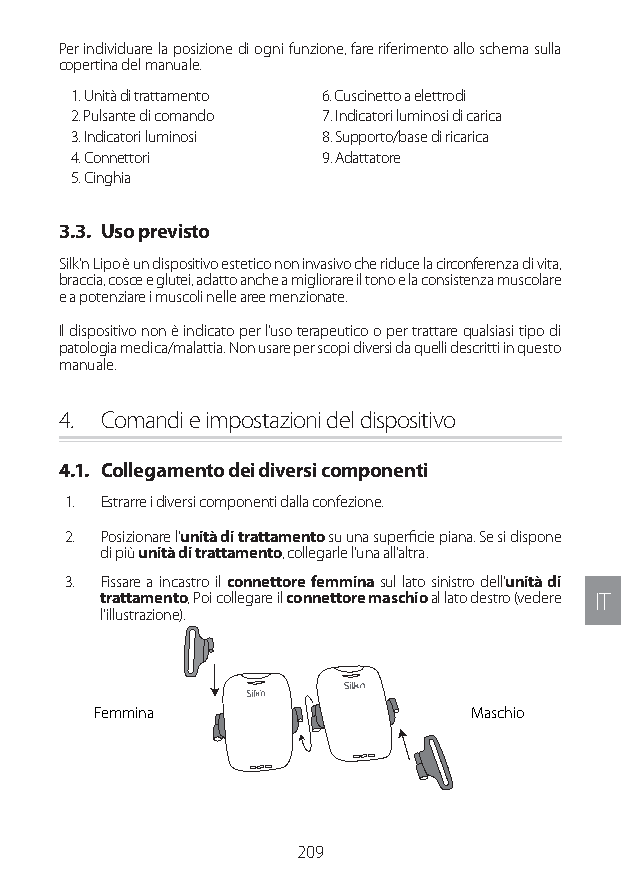
Per individuare la posizione di ogni funzione, fare riferimento allo schema sulla
 copertina del manuale.
 1. Unità di trattamento 6. Cuscinetto a elettrodi
 2. Pulsante di comando 7. Indicatori luminosi di carica
 3. Indicatori luminosi 8. Supporto/base di ricarica
 4. Connettori    9. Adattatore
 5. Cinghia
 3.3. Uso previsto
 Silk'n Lipo è un dispositivo estetico non invasivo che riduce la circonferenza di vita,
 braccia, cosce e glutei, adatto anche a migliorare il tono e la consistenza muscolare
 e a potenziare i muscoli nelle aree menzionate.
 Il dispositivo non è indicato per l’uso terapeutico o per trattare qualsiasi tipo di
 patologia medica/malattia. Non usare per scopi diversi da quelli descritti in questo
 manuale.
 4. Comandi e impostazioni del dispositivo
 4.1. Collegamento dei diversi componenti
 1. Estrarre i diversi componenti dalla confezione.
 2. Posizionare l’unità di trattamento su una superficie piana. Se si dispone
 di più unità di trattamento, collegarle l’una all’altra.
 3. Fissare a incastro il connettore femmina sul lato sinistro dell’unità di
 trattamento, Poi collegare il connettore maschio al lato destro (vedere IT
 l'illustrazione).
 Femmina                  Maschio
 209
 Lipo UM EU124 3545B inside ALL EU124 ED296-24 release.indd 209 14/08/2018 10:57:45